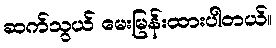
ဆက်သွယ် မေးမြန်းထားပါတယ်။